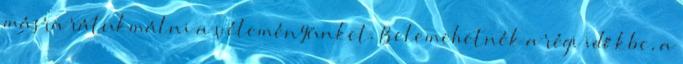
másra rátukmálni a véleményünket. Belemehetnék a régi időkbe, a